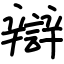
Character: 辯